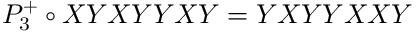
P _ { 3 } ^ { + } \circ X Y X Y Y X Y = Y X Y Y X X Y